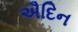
ઐદિન